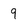
Character: 9